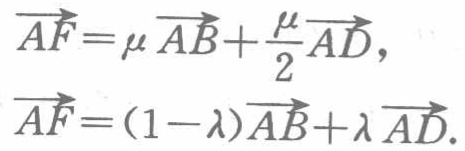
\(\overrightarrow{AF}=\mu \overrightarrow{AB}+\frac{\mu}{2}\overrightarrow{AD},\)
\(\overrightarrow{AF}=(1 - \lambda)\overrightarrow{AB}+\lambda\overrightarrow{AD}.\)